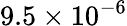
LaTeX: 9.5\times 10^{-6}